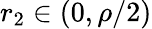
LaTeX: r_{2}\in(0,\rho/2)